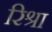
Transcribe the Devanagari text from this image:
रिश्रा